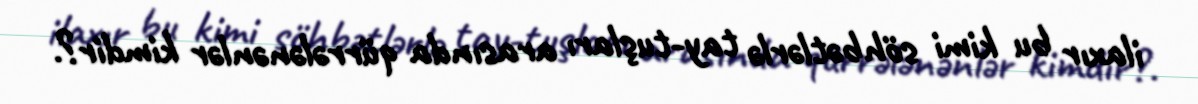
ilaxır bu kimi söhbətlərlə tay-tuşları arasında qürrələnənlər kimdir?.